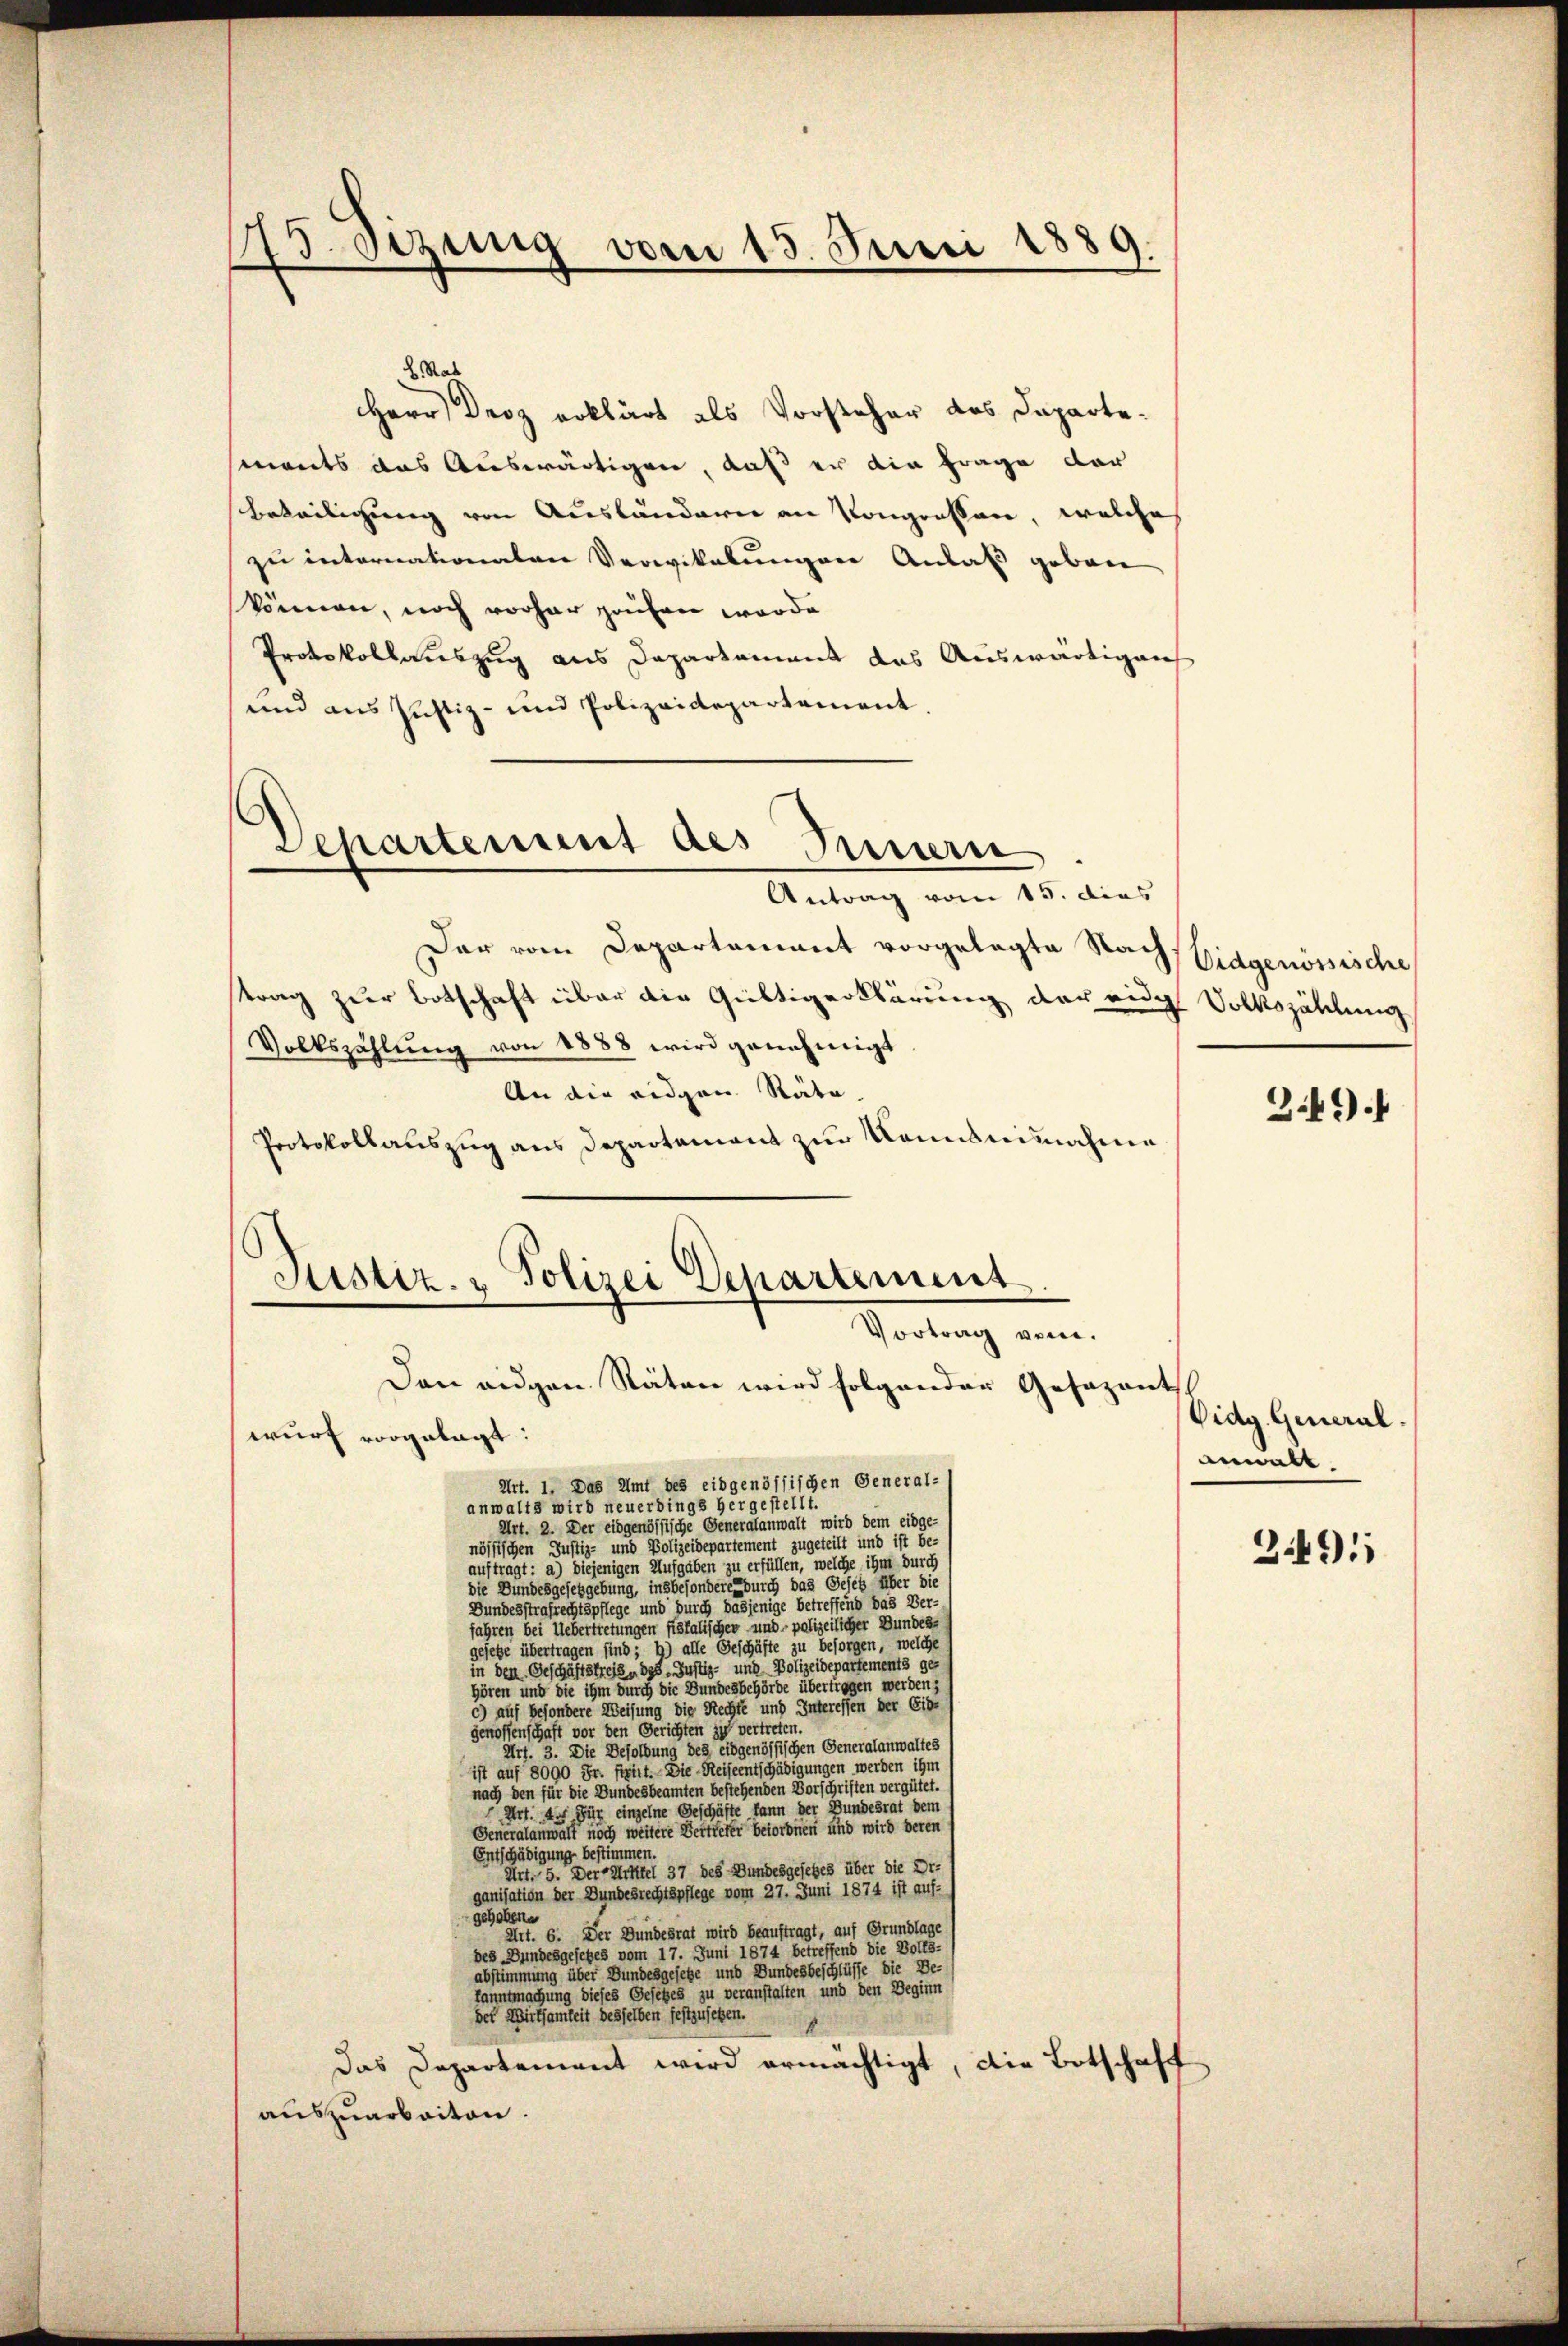
15. dizung vom 15. Juni 1889.

L. Rat
Herr Droz erklärt als Vorsteher das Dapartements das Auswärtigen, daß er die Frage dar
beteiligung von Ausländern an Kongrossen, welche
zu internationaten Vereitabungen Anlaß geben
können, noch vorher grühren worde
Protokollauszug aus Departament das Auswärtigens
und aus Justiz- und Polizeidepartement.
Schartenmut des Innern
Antrag vom 15. dies
Der vom Departement vorgelegte Nach
trag zur Botschaft über die Gültigerklärung der eidg
Volkszählŭng von 1888 wird genehmigt
An die eidgen Räte.
Protokollauszug aus Departement zur Kenntnisnahme
Sistiz Polizei Departement

Vortrag vom

Den eidgen. Räten wird folgender Gesezen
wurf vorgelegt:
Art. 1. Das Amt des eidgenössischen General-
anwalts wird neuerdings hergestellt.
Art. 2. Der eidgenössische Generalanwalt wird dem eidge-
nössischen Justiz- und Polizeidepartement zugeteilt und ist be-
auftragt: a) diejenigen Aufgaben zu erfüllen, welche ihm durch
die Bundesgesetzgebung, insbesondere durch das Gesetz über die
Bundesstrafrechtspflege und durch dasjenige betreffend das Ver-
fahren bei Uebertretungen fiskalischer und polizeilicher Bundes-
gesetze übertragen sind; b) alle Geschäfte zu besorgen, welche
in den Geschäftstreis, das Justiz- und Polizeidepartements ge-
hören und die ihm durch die Bundesbehörde übertragen werden;
c) auf besondere Weisung die Rechte und Interessen der Eib-
genossenschaft vor den Gerichten zu vertreten.
Art. 3. Die Besoldung des eidgenössischen Generalanwaltes
ist auf 8000 Fr. fixirt. Die Reiseentschädigungen werden ihm
nach den für die Bundesbeamten bestehenden Vorschriften vergütet.
Art. A. Für einzelne Geschäfte kann der Bundesrat dem
Generalanwalt noch weitere Vertreter beiordnen und wird deren
Entschädigung bestimmen.
Art. 5. Der Mittel 37 des Bundesgesetzes über die Dr.
ganisation der Bundesrechtspflege vom 27. Juni 1874 ist auf-
gehobene
Art. 6. Der Bundesrat wird beauftragt, auf Grundlage
des Bundesgesetzes vom 17. Juni 1874 betreffend die Volks-
abstimmung über Bundesgesetze und Bundesbeschlüsse die Be-
kanntmachung dieses Gesetzes zu veranstalten und den Beginn
der Wirtsamkeit desselben festzusetzen.
4
das Departement wird ermächtigt, die Botschaft
auszuarbeiten.

Eidgenössische
Volkszählung

e
Eidg. General.
anwalt.

349.

2449